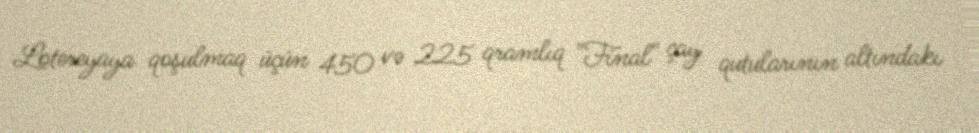
Lotereyaya qoşulmaq üçün 450 və 225 qramlıq "Final" çay qutularının altındakı